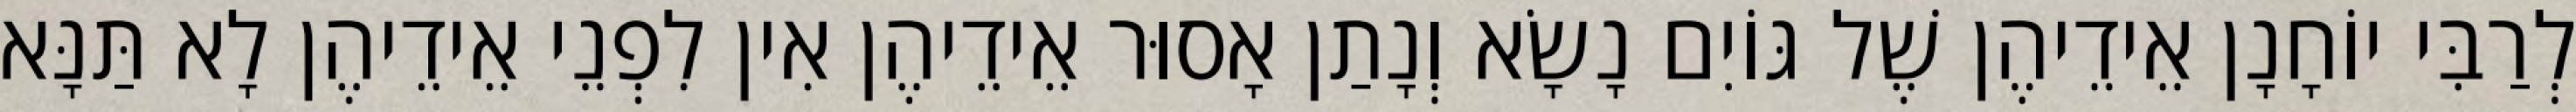
לְרַבִּי יוֹחָנָן אֵידֵיהֶן שֶׁל גּוֹיִם נָשָׂא וְנָתַן אָסוּר אֵידֵיהֶן אִין לִפְנֵי אֵידֵיהֶן לָא תַּנָּא